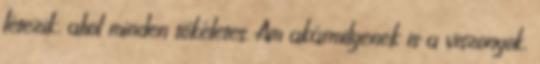
létezik, ahol minden tökéletes. Ám akármilyenek is a viszonyok,